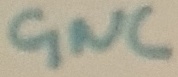
Text: GNC